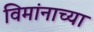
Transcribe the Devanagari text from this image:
विमांनाच्या